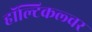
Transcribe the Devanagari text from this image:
हॉल्टिकल्चर